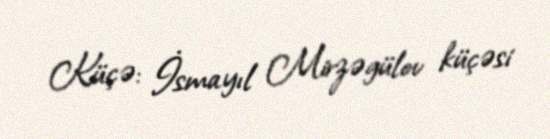
Küçə: İsmayıl Mirzəgülov küçəsi